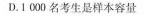
D.1 000名考生是样本容量